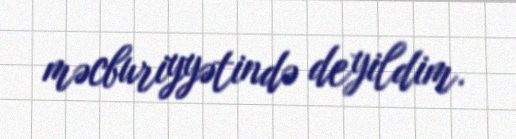
məcburiyyətində deyildim.